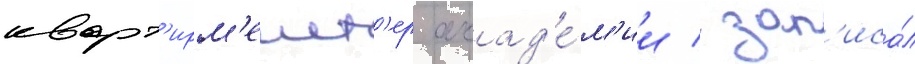
кварт'ирм'еист'ер акад'е́м'ии / зап'иса́л